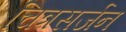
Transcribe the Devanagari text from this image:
चित्रसर्जन